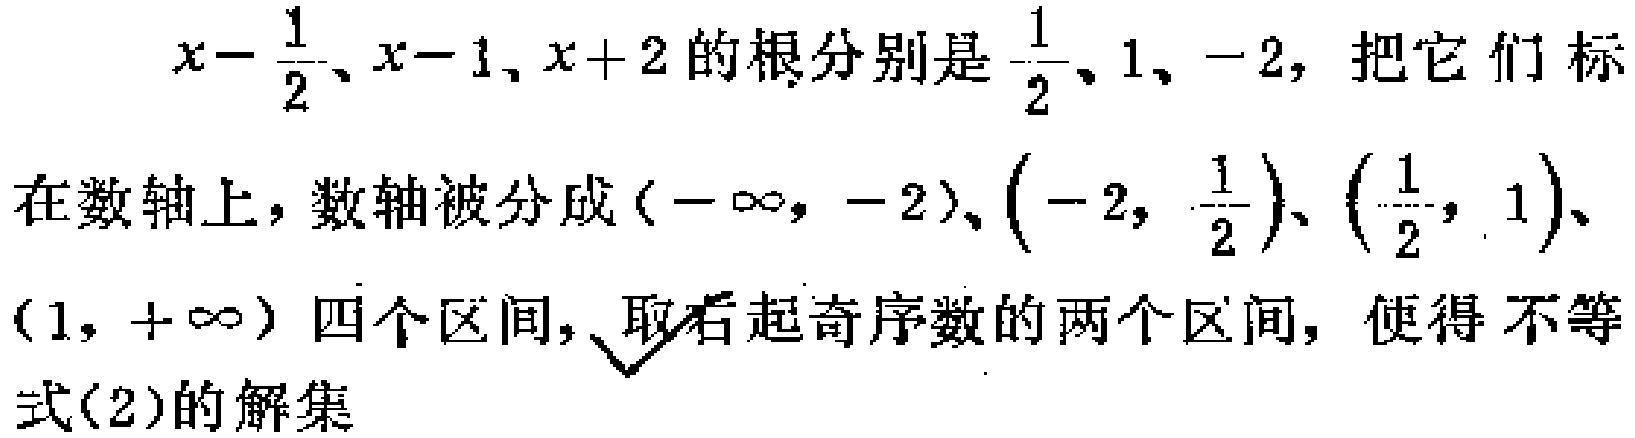
$x - \frac{1}{2}、x - 1、x + 2$的根分别是$\frac{1}{2}、1、- 2$，把它们标

在数轴上，数轴被分成$(-\infty, - 2)$、$(- 2, \frac{1}{2})$、$(\frac{1}{2}, 1)$、

$(1, +\infty)$四个区间，取右起奇序数的两个区间，使得不等

式(2)的解集